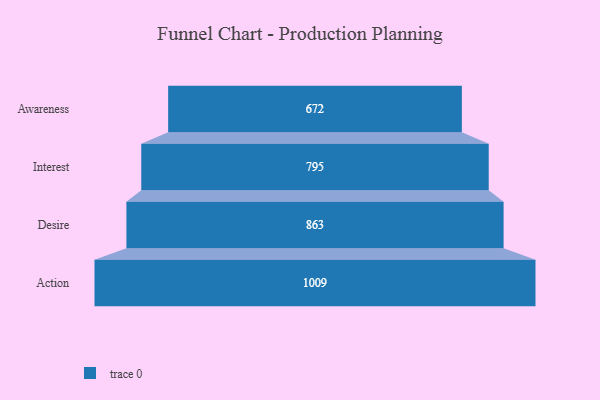
{"axis": {"x": "Stage", "y": "Value"}, "legend": [""], "data": [{"x": "Awareness", "y": 672.0, "type": ""}, {"x": "Interest", "y": 795.0, "type": ""}, {"x": "Desire", "y": 863.0, "type": ""}, {"x": "Action", "y": 1009.0, "type": ""}]}